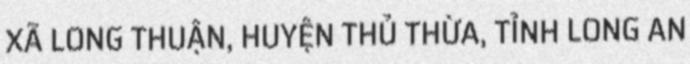
XÃ LONG THUẬN, HUYỆN THỦ THỪA, TỈNH LONG AN